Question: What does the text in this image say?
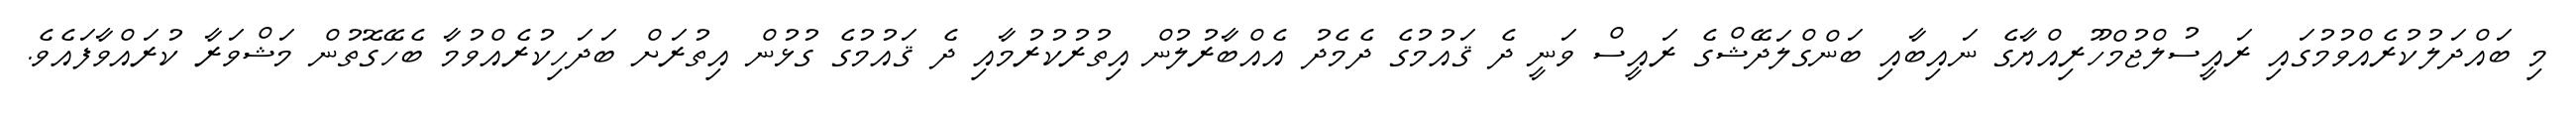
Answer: މި ބައްދަލުކުރެއްވުމުގައި ރައީސުލްޖުމްހޫރިއްޔާގެ ނައިބާއި ބަންގްލަދޭޝްގެ ރައީސް ވަނީ ދެ ޤައުމުގެ ދެމެދު އެއްބާރުލުން އިތުރުކުރުމާއި ދެ ޤައުމުގެ ގުޅުން އިތުރަށް ބަދަހިކުރެއްވުމާ ބެހޭގޮތުން މަޝްވަރާ ކުރައްވާފައެވެ.